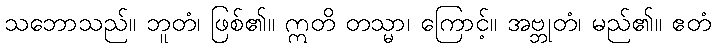
သဘောသည်။ ဘူတံ၊ ဖြစ်၏။ ဣတိ တသ္မာ၊ ကြောင့်။ အဗ္ဘုတံ၊ မည်၏။ ဧတံ